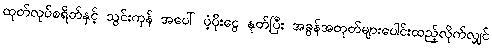
ထုတ်လုပ်စရိတ်နှင့် သွင်းကုန် အပေါ် ပံ့ပိုးငွေ နုတ်ပြီး အခွန်အတုတ်များပေါင်းထည့်လိုက်လျှင်